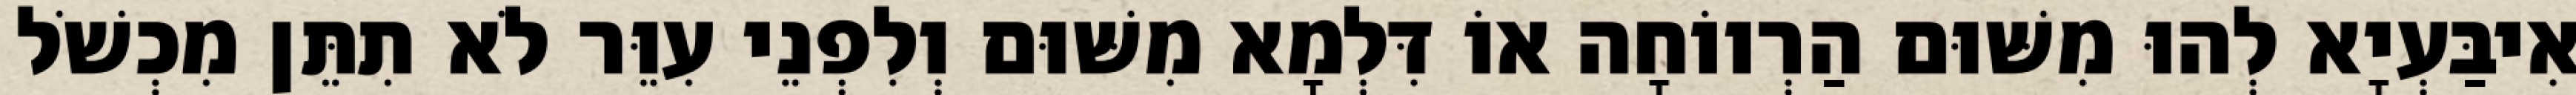
אִיבַּעְיָא לְהוּ מִשּׁוּם הַרְווֹחָה אוֹ דִּלְמָא מִשּׁוּם וְלִפְנֵי עִוֵּר לֹא תִתֵּן מִכְשֹׁל